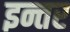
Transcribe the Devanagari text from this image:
इन्तर